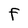
Character: F